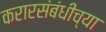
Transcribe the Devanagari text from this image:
करारसंबंधीच्या